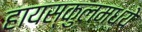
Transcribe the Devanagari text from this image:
हायस्कुलमध्ये